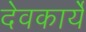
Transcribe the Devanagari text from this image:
देवकार्ये